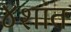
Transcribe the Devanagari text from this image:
४शांत